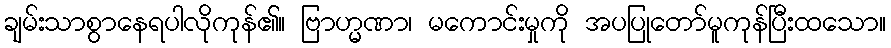
ချမ်းသာစွာနေရပါလိုကုန်၏။ ဗြာဟ္မဏာ၊ မကောင်းမှုကို အပပြုတော်မူကုန်ပြီးထသော။